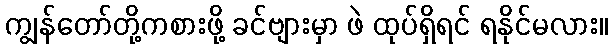
ကျွန်တော်တို့ကစားဖို့ ခင်ဗျားမှာ ဖဲ ထုပ်ရှိရင် ရနိုင်မလား။